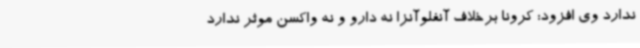
ندارد وی افزود: کرونا برخلاف آنفلوآنزا نه دارو و نه واکسن موثر ندارد